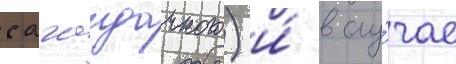
сагаидачного) и́ в слу́чае